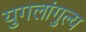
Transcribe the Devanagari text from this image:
युगलांगुल्य